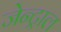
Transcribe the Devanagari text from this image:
जेन्ट्राल